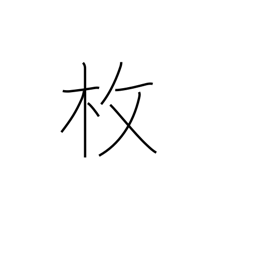
Meaning: sheet of...